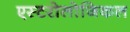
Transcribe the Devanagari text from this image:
एस्टरोलोजिकल